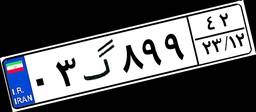
۹۷گ۹۷۱۱۰